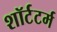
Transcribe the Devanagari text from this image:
शॉर्टटर्म